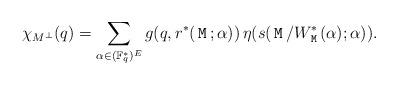
LaTeX: \begin{align*} \chi_{M^\perp} (q) =\sum_{\alpha \in (\mathbb F^*_q)^E}g(q,r^*({\,\tt M\,};\alpha))\,\eta(s({\,\tt M\,}/W^*_{{\,\tt M\,}}(\alpha);\alpha)).\end{align*}